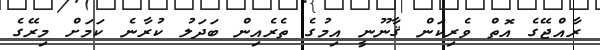
ރާއްޖޭގެ އޮތް ވެރިކަން ޤާނޫނީ އިމުގެ ތެރެއިން ބަދަލު ކުރާނެ ކަމަށް މިރޭގެ